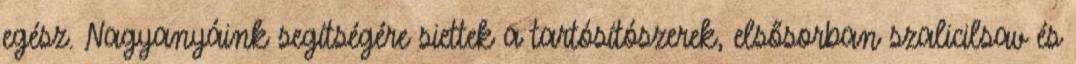
egész. Nagyanyáink segítségére siettek a tartósítószerek, elsősorban szalicilsav és